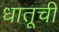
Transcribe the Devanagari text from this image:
धातूचीं